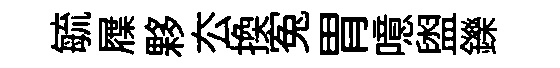
毓屧夥厺換寃胃噫盥鑠